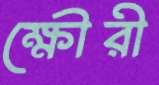
ক্ষৌরী